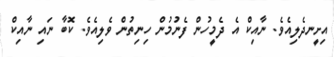
އިށީނދެލިއެވެ. ނާއިކް އެ ދެމީހުން ފެނުމުން ހިނިތުން ވެލިއެވެ. ކޮބާ ނައި ނާއިކް